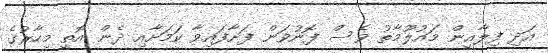
އަދި ފިލާއީން މައުލޫމާތު ވެސް ފޮނުވަން ފަށާފައިވާ ކަމަށާއި ދެން އޮތީ މިހާރުގެ